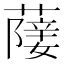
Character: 𦽵